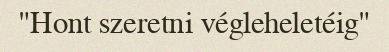
"Hont szeretni végleheletéig"